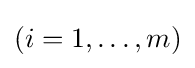
(i=1,\ldots ,m)